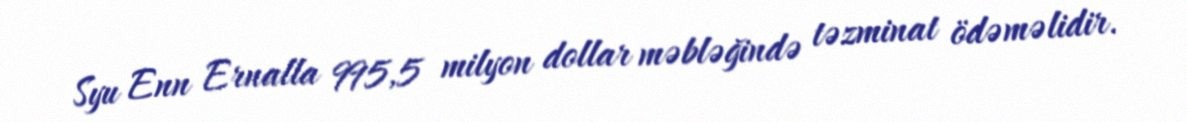
Syu Enn Ernalla 995,5 milyon dollar məbləğində təzminat ödəməlidir.